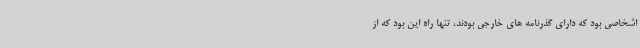
اشخاصی بود که دارای گذرنامه های خارجی بودند، تنها راه این بود که از